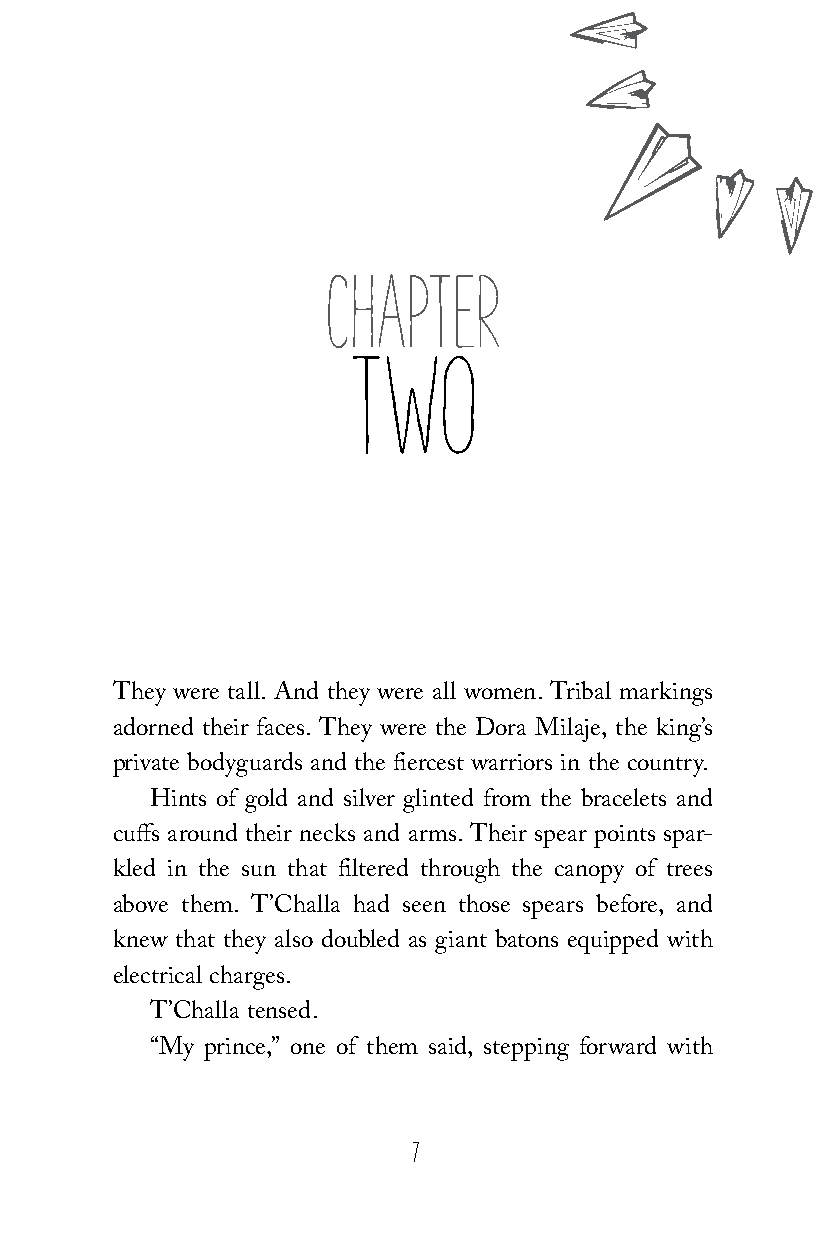
CHAPTER
 TWO
 They were tall. And they were all women. Tribal markings
 adorned their faces. They were the Dora Milaje, the king’s
 private bodyguards and the fiercest warriors in the country.
 Hints of gold and silver glinted from the bracelets and
 cuffs around their necks and arms. Their spear points spar-
 kled in the sun that filtered through the canopy of trees
 above them. T’Challa had seen those spears before, and
 knew that they also doubled as giant batons equipped with
 electrical charges.
 T’Challa tensed.
 “My prince,” one of them said, stepping forward with
 7